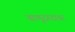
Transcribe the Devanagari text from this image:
बाणूरगडावर